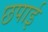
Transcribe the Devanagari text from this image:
छपार्इ